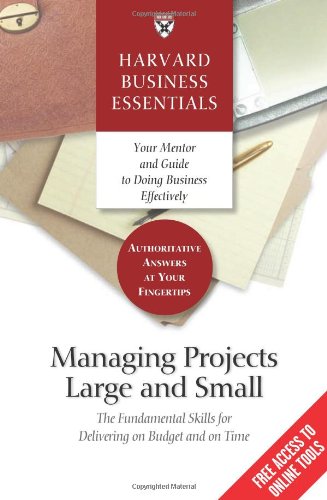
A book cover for Managing Projects Large and Small: The Fundamental Skills to Deliver on budget and on Time; Harvard Business School Press; Business & Money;